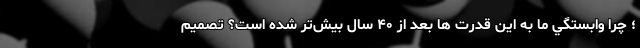
؛ چرا وابستگي ما به اين قدرت ها بعد از ۴۰ سال بيش‌تر شده است؟ تصميم